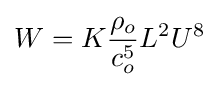
W=K{\frac {\rho _{o}}{c_{o}^{5}}}L^{2}U^{8}